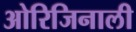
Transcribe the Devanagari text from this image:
ओरिजिनाली